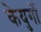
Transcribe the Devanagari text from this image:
केयुगों